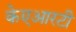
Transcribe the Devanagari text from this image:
केएआरटी